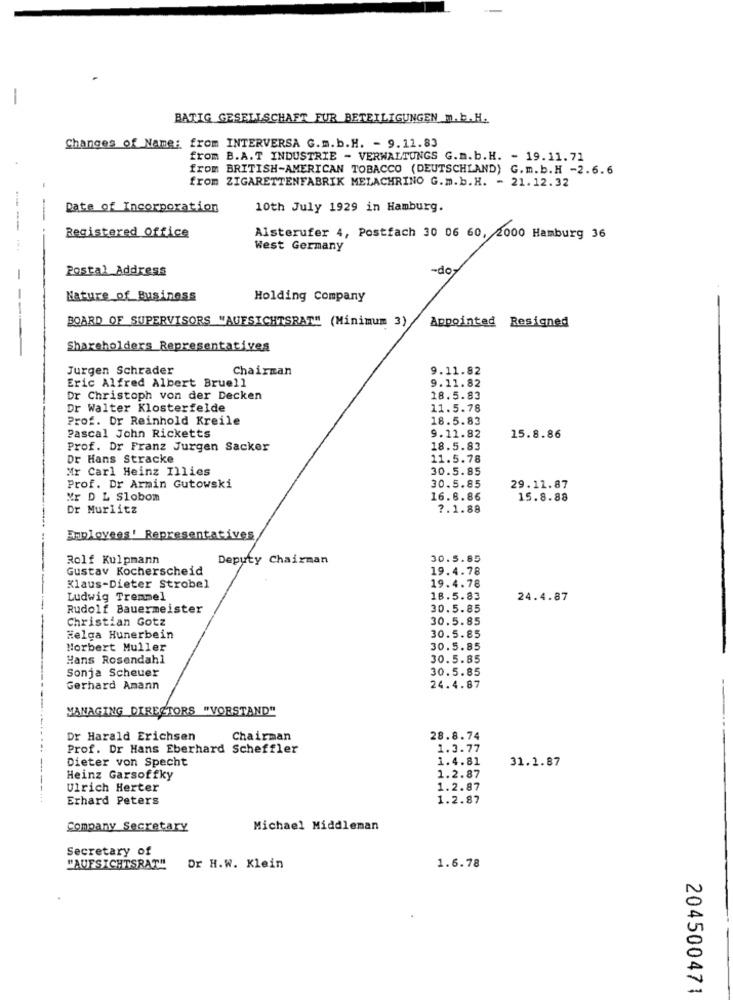
BATIG GESELLSCHAFT FUR BETEILIGUNGEN m.b.H.
Changes of Name: from INTERVERSA G.m.b.H. - 9.11.83
from B.A.T INDUSTRIE - VERWALTUNGS G.m.b. H. - 19.11.71
from BRITISH-AMERICAN TOBACCO (DEUTSCHLAND) G.m.b.H -2.6.6
from ZIGARETTENFABRIK MELACHRINO G.m.b.H. - 21.12.32
Date of Incorporation
10th July 1929 in Hamburg.
Registered Office
Alsterufer 4, Postfach 30 06 60, 2000 Hamburg 36
West Germany
Postal Address
-do
-
Nature of Business
Holding Company
BOARD OF SUPERVISORS "AUFSICHTSRAT" (Minimum 3)
Appointed Resigned
----
Shareholders Representatives
Jurgen Schrader
Chairman
9.11.82
Eric Alfred Albert Bruell
9.11.82
Dr Christoph von der Decken
18.5.83
Dr Walter Klosterfelde
11.5.78
Prof. Dr Reinhold Kreile
18.5.83
9.11.82
Pascal John Ricketts
15.8.86
Prof. Dr Franz Jurgen Sacker
18.5.83
Dr Hans Stracke
11.5.78
Mr Carl Heinz Illies
30.5.85
Prof. Dr Armin Gutowski
30.5.85
29.11.87
Nr D L Slobom
16.8.86
15.8.88
Dr Murlitz
?. 1.88
Employees' Representatives
Rolf Kulpmann
Deputy Chairman
30.5.85
Gustav Kocherscheid
19.4.78
19.4.78
Klaus-Dieter Strobel
Ludwig Tremmel
18.5.83
24.4.87
Rudolf Bauermeister
30.5.85
Christian Gotz
30.5.85
Helga Hunerbein
30.5.85
Norbert Muller
30.5.85
Hans Rosendahl
30.5.85
Sonja Scheuer
30.5.85
Gerhard Amann
24.4.87
MANAGING DIRECTORS "VORSTAND"
Dr Harald Erichsen
Chairman
28.8.74
Prof. Dr Hans Eberhard Scheffler
1.3.77
Dieter von Specht
1.4.81
31.1.87
Heinz Garsoffky
1.2.87
Ulrich Herter
1.2.87
Erhard Peters
1.2.87
Company Secretary
Michael Middleman
Secretary of
"AUFSICHTSRAT"
Dr H.W. Klein
1.6.78
204500471